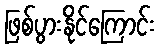
ဖြစ်ပွားနိုင်ကြောင်း